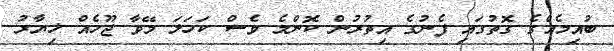
ބުއިމެއްގެ ގޮތުގައި ފެނުގެ އިތުރުން ކޮންމެ ވެސް ކަހަލަ މޭވާ ޖޫހެއް ޚިޔާރު